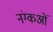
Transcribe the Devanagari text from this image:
नंग्‍कओं